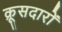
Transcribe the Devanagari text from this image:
क्रूसदारों